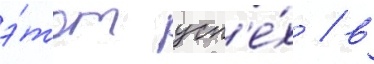
э́тот усп'е́х / в